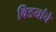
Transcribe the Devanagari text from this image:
विडयांचे